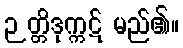
ဉတ္တိဒုက္ကဋ် မည်၏။